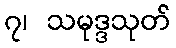
၇၊ သမုဒ္ဒသုတ်